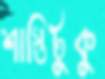
শাস্তিটুকু